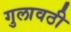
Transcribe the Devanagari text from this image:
गुलावठी